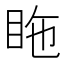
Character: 𥅓